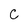
Character: C